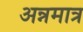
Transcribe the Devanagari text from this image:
अन्नमात्र